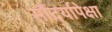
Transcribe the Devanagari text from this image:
सौंदर्यापेक्षा